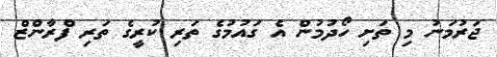
ޖަރުމަނު މި ތަށި ހޯދުމުން އެ ގައުމުގެ ތަރި ކުރީގެ ތަރި ފްރާންޒް